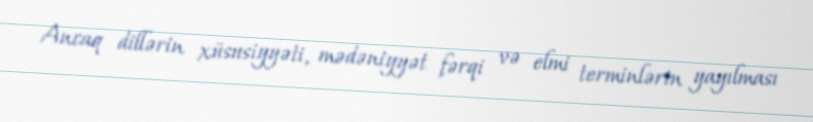
Ancaq dillərin xüsusiyyəti, mədəniyyət fərqi və elmi terminlərin yayılması